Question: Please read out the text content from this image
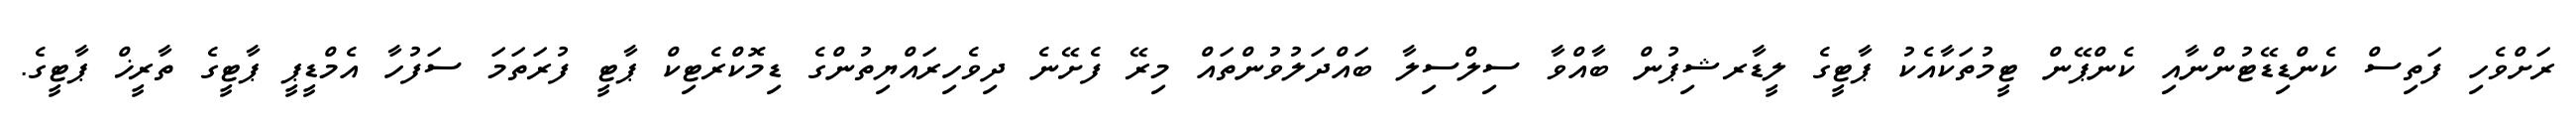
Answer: ރަށްވެހި ފަތިސް ކެންޑިޑޭޓުންނާއި ކެންޕޭން ޓީމުތަކާއެކު ޕާޓީގެ ލީޑާރޝިޕުން ބާއްވާ ސިލްސިލާ ބައްދަލުވުންތައް މިރޭ ފެށޭނެ ދިވެހިރައްޔިތުންގެ ޑިމޮކްރެޓިކް ޕާޓީ ފުރަތަމަ ސަފުހާ އެމްޑީޕީ ޕާޓީގެ ތާރީޚް ޕާޓީގެ.